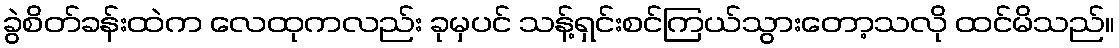
ခွဲစိတ်ခန်းထဲက လေထုကလည်း ခုမှပင် သန့်ရှင်းစင်ကြယ်သွားတော့သလို ထင်မိသည်။